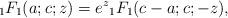
LaTeX: \begin{align*} {_1}F_1(a;c;z)=e^z {_1}F_1(c-a;c;-z),\end{align*}